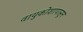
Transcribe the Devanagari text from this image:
वायुकोशापासून